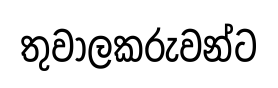
තුවාලකරුවන්ට